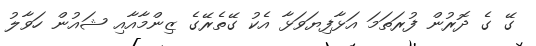
ގޭ ގެ ދޮރުން ފުރަތަމަ އަޅާފިޔަވަޅާ އެކު ގޭތެރޭގެ ޒިންމާއާއި ޝައުން ހަވާލު